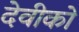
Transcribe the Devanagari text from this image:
देवीको